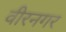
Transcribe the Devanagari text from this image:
वीरनगर